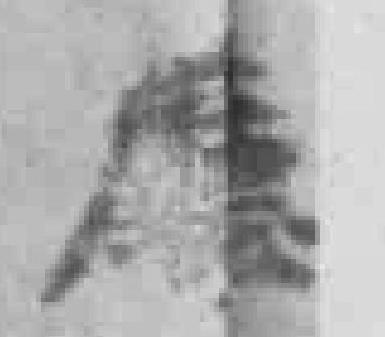
廰